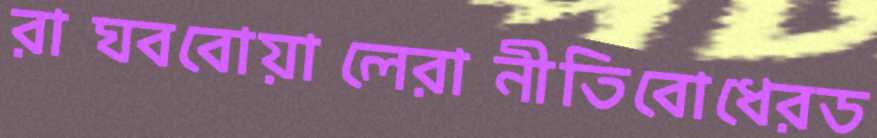
রাঘববোয়ালেরানীতিবোধেরড